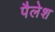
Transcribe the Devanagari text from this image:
पैलेश